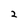
Character: 2